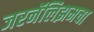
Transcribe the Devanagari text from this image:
जरनॅलिझमचा